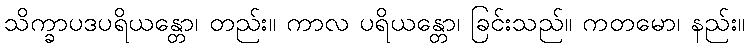
သိက္ခာပဒပရိယန္တော၊ တည်း။ ကာလ ပရိယန္တော၊ ခြင်းသည်။ ကတမော၊ နည်း။